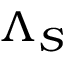
\Lambda _ { S }